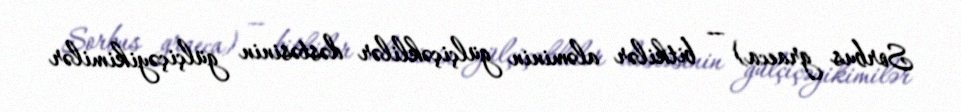
Sorbus graeca) — bitkilər aləminin gülçiçəklilər dəstəsinin gülçiçəyikimilər